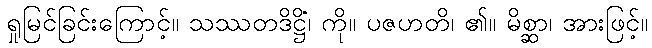
ရှုမြင်ခြင်းကြောင့်။ သဿတဒိဋ္ဌိံ၊ ကို။ ပဇဟတိ၊ ၏။ မိစ္ဆာ၊ အားဖြင့်။